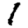
Digit: 1